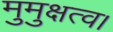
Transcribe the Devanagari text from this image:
मुमुक्षत्व।